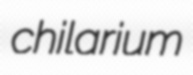
chilarium